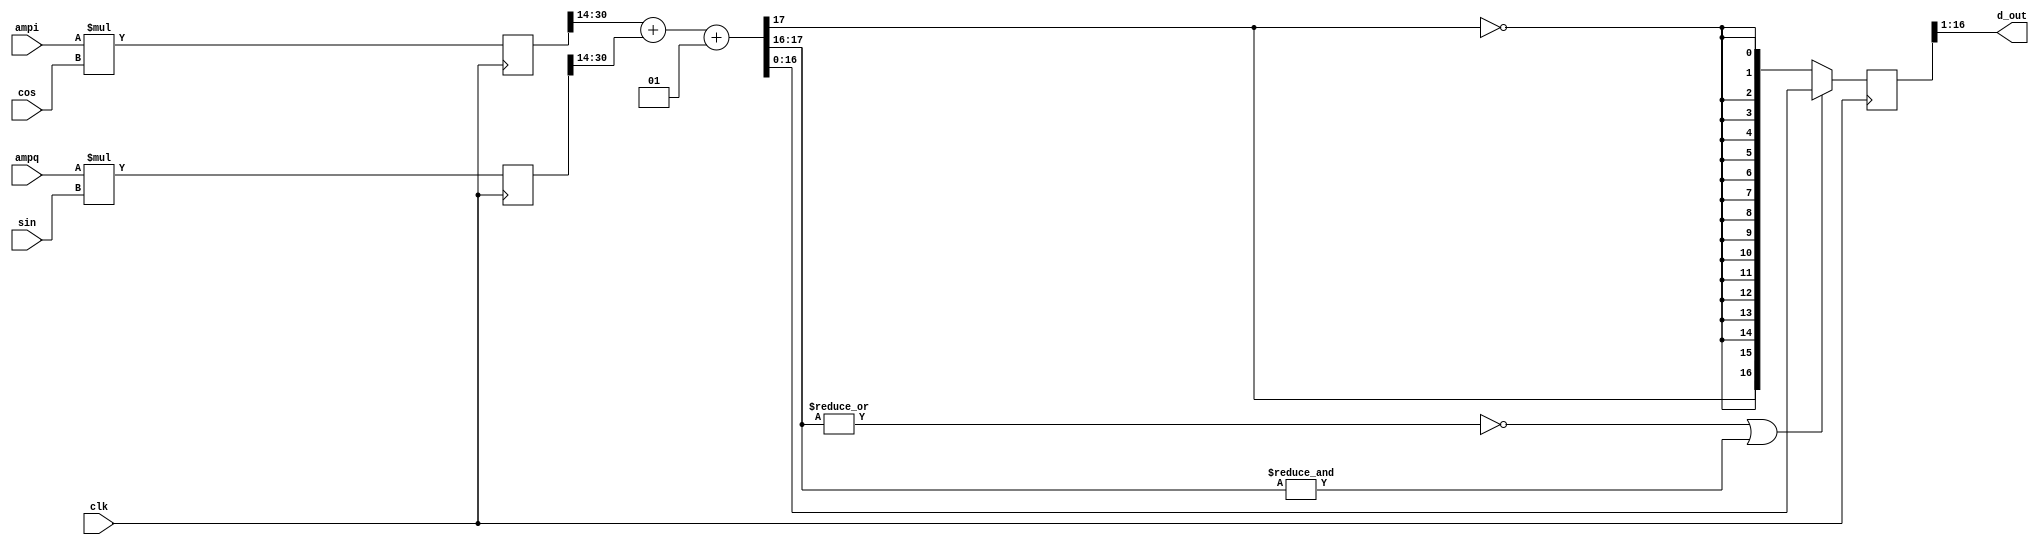
`timescale 1ns / 1ns

module source(
	input clk,
	input signed [15:0] sin,
	input signed [15:0] cos,
	output signed [15:0] d_out,
	input signed [15:0] ampi,
	input signed [15:0] ampq
);
// note that negative full-scale amplitude is considered invalid
// also plan that abs(ampi+ampq*i) < 1

// Universal definition; note: old and new are msb numbers, not bit widths.
`define SAT(x,old,new) ((~|x[old:new] | &x[old:new]) ? x[new:0] : {x[old],{new{~x[old]}}})

// So similar to phshift.v that maybe I don't need a testbench
reg signed [16:0] d3=0;
reg signed [31:0] p1=0, p2=0;  // product registers
wire signed [16:0] p1s = p1[30:14];
wire signed [16:0] p2s = p2[30:14];
wire signed [17:0] sum = p1s + p2s + 1;  // one lsb guard, with rounding
always @(posedge clk) begin
	p1 <= ampi * cos;
	p2 <= ampq * sin;
	d3 <= `SAT(sum, 17, 16);
end
assign d_out = d3[16:1];

endmodule